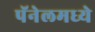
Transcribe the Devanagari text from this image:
पॅनेलमध्ये